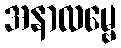
အနာလမ္ဗေ